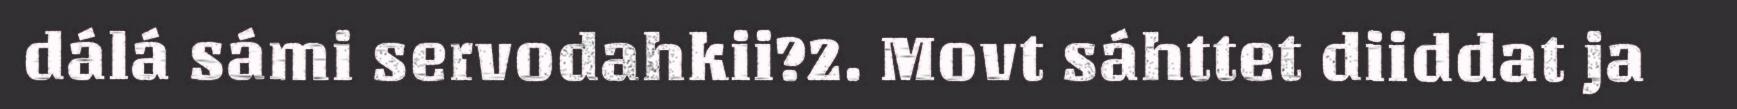
dálá sámi servodahkii?2. Movt sáhttet diiddat ja